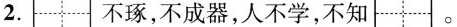
2. 不琢，不成器，人不学，不知 。